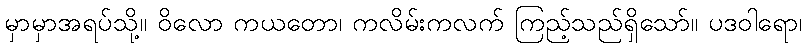
မှာမှာအရပ်သို့။ ဝိလော ကယတော၊ ကလိမ်းကလက် ကြည့်သည်ရှိသော်။ ပဒဝါရော၊